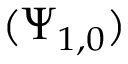
( \Psi _ { 1 , 0 } )